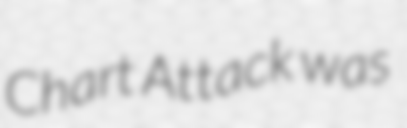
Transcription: Chart Attack was